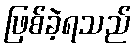
ဖြစ်ခဲ့ရသည်